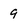
Character: 9